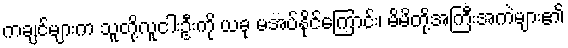
ကချင်များက သူတို့လူငါးဦးကို ယခု မအပ်နိုင်ကြောင်း၊ မိမိတို့အကြီးအကဲများ၏